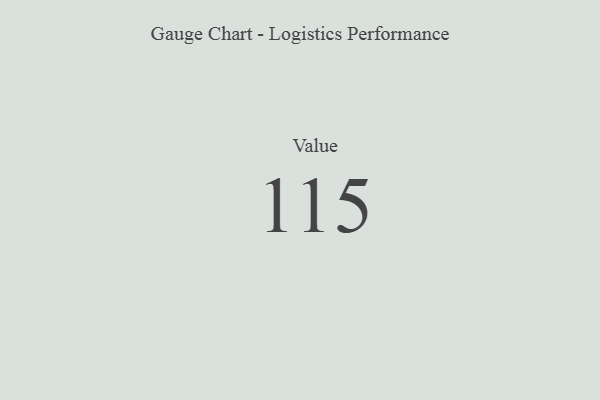
{"axis": {"x": "Metric", "y": "Value"}, "legend": [""], "data": [{"x": "Value", "y": 115, "type": ""}]}